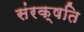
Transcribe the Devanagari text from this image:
संरक्षति